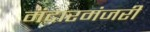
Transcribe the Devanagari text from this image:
मंदारमंजरी